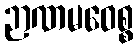
ဉာဏမဝေစ္စ